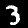
Label: 3